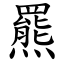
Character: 羆